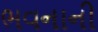
ભવનાની